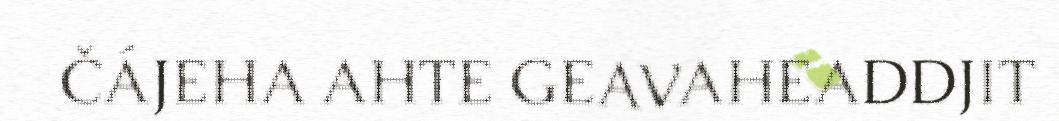
ČÁJEHA AHTE GEAVAHEADDJIT